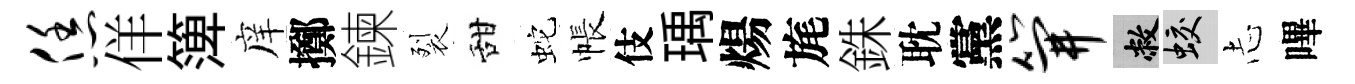
恁佯𥱼庠擲鍊裂甜蛇帳伎瑀煬旄銖耽黨笄敝蛟𢖽嗶